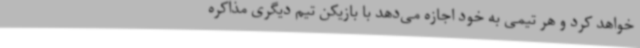
خواهد کرد و هر تیمی به خود اجازه می‌دهد با بازیکن تیم دیگری مذاکره